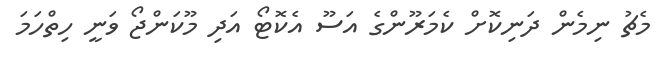
މެޗު ނިމެން ދަނިކޮށް ކެމަރޫންގެ އަސޫ އެކޮޓޯ އަދި މޫކަންޖޯ ވަނީ ހިތްހަމަ